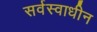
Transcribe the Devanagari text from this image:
सर्वस्वाधीन